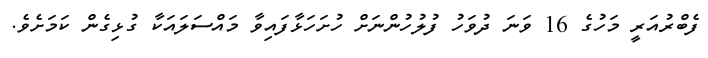
ފެބްރުއަރީ މަހުގެ 16 ވަނަ ދުވަހު ފުލުހުންނަށް ހުށަހަޅާފައިވާ މައްސަލައަކާ ގުޅިގެން ކަމަށެވެ.